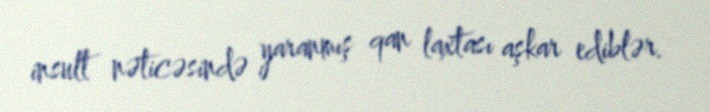
insult nəticəsində yaranmış qan laxtası aşkar ediblər.